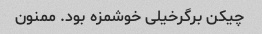
چیکن برگرخیلی خوشمزه بود. ممنون